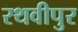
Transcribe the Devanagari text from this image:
रथवीपुर